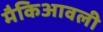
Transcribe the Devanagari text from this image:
मैकिआवली